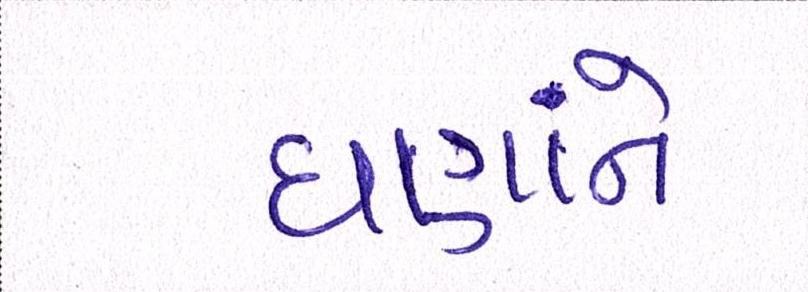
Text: ઘણાંને